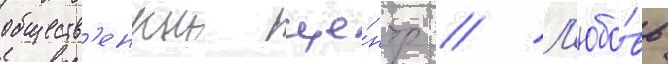
обществ'енныи це́нтр // Л'юбо́вь